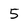
Character: 5